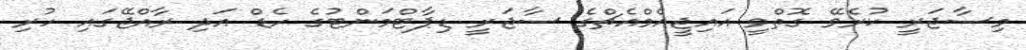
މިސާޖަރީ ކުރެވޭ ގޮތްވީ އައިޖީއެމްއެޗްގެ ސާޖަރީ ޑިޕާޓްމަންޓުގެ ހެޑް އަދި ރާއްޖޭގައި ހުރި